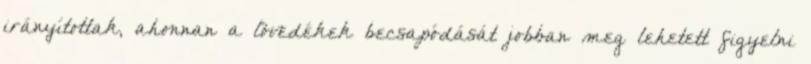
irányítottak, ahonnan a lövedékek becsapódását jobban meg lehetett figyelni